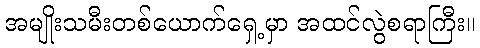
အမျိုးသမီးတစ်ယောက်ရှေ့မှာ အထင်လွဲစရာကြီး။